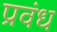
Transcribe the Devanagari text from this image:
प्रवंध